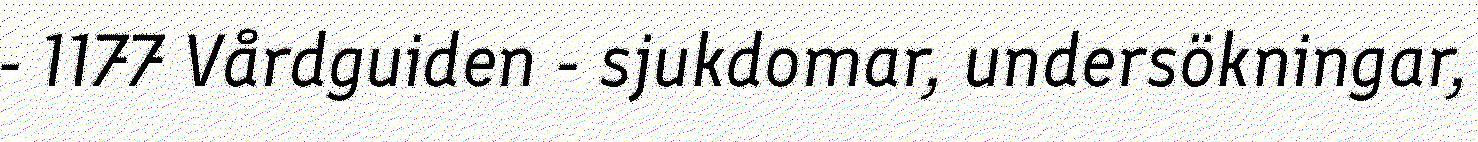
- 1177 Vårdguiden - sjukdomar, undersökningar,